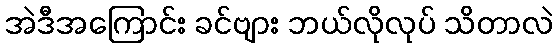
အဲဒီအကြောင်း ခင်ဗျား ဘယ်လိုလုပ် သိတာလဲ